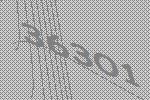
36301